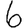
Digit: 6